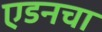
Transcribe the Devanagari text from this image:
एडनचा